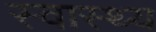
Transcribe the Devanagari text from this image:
स्‍वास्‍थ्य